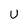
Character: U